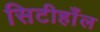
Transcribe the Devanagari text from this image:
सिटीहाँल